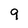
Character: 9